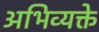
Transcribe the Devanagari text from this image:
अभिव्यक्ते